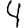
Digit: 4